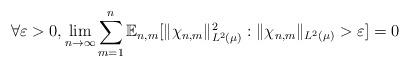
LaTeX: \begin{align*} \forall \varepsilon > 0, \lim_{n \to \infty} \sum_{m=1}^n \mathbb{E}_{n,m}[ \|\chi_{n,m} \|_{L^2(\mu)}^2 : \|\chi_{n,m} \|_{L^2(\mu)} > \varepsilon ] = 0 \end{align*}